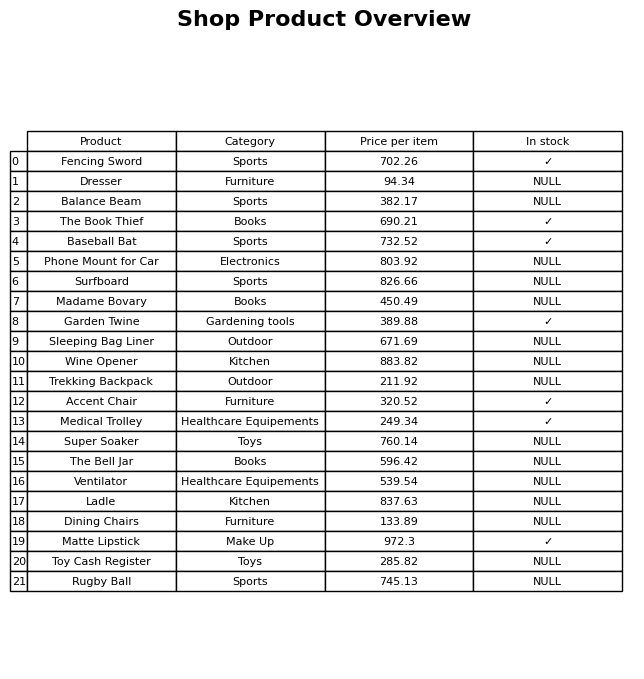
question: What is the price for Super Soaker?
answer: The price of Super Soaker is 760.14.